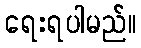
ရေးရပါမည်။